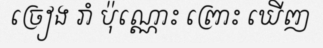
ច្រៀង រាំ ប៉ុណ្ណោះ ព្រោះ ឃើញ